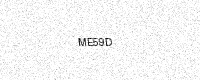
Text: ME59D